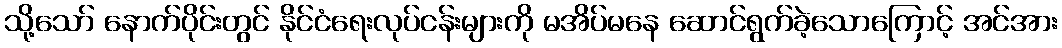
သို့သော် နောက်ပိုင်းတွင် နိုင်ငံရေးလုပ်ငန်းများကို မအိပ်မနေ ဆောင်ရွက်ခဲ့သောကြောင့် အင်အား